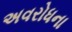
અવરોધના